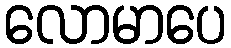
လောမာပေ